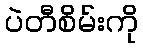
ပဲတီစိမ်းကို